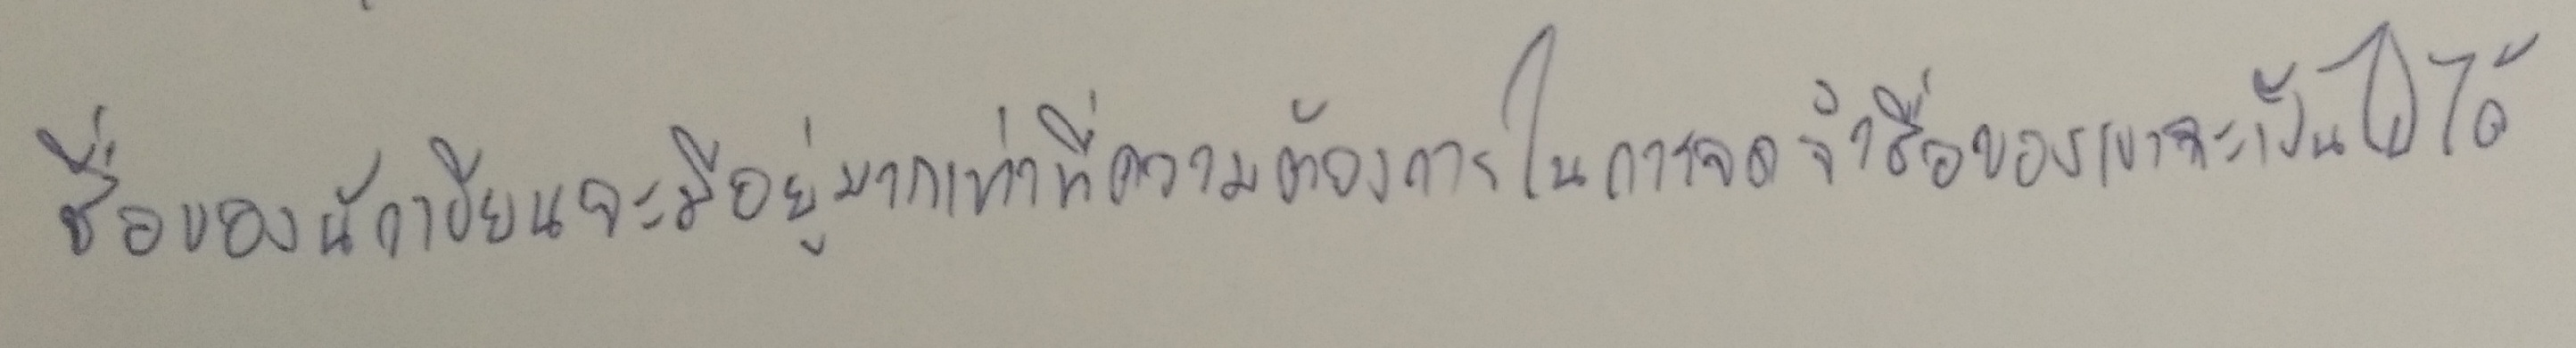
ชื่อของนักเขียนจะมีอยู่มากเท่าที่ความต้องการในการจดจำชื่อของเขาจะเป็นไปได้